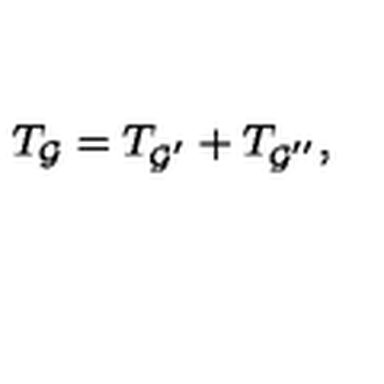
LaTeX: T _ { { \cal G } } = T _ { { \cal G } ^ { ^ { \prime } } } + T _ { { \cal G } ^ { ^ { \prime \prime } } } ,